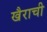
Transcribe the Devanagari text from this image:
खैराची